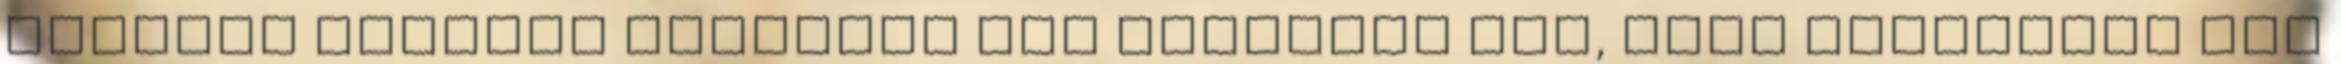
hasonló csillag esetében sem fedeztek fel, vagy figyeltek meg